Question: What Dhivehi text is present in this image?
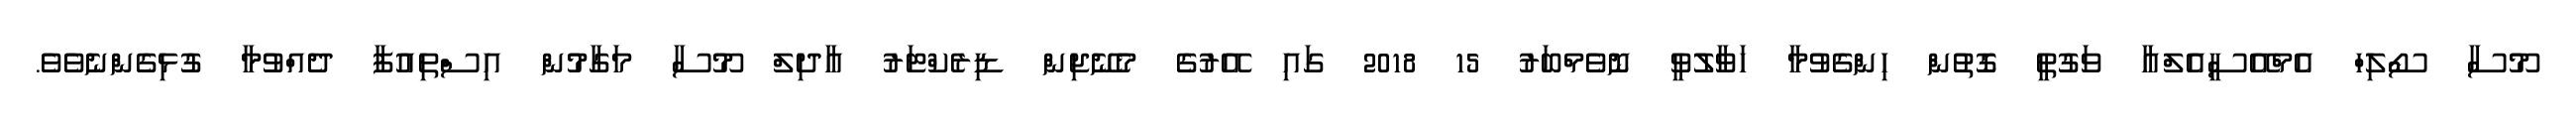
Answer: މޫސާ ސޯލިހް އެމްއޭސީއެލްއާ ވަގުތީ ގޮތުން ހިންގެވުމާ ހަވާލުވީ ނޮވެމްބަރު 15 2018 ގައި އޭރުގެ މެނޭޖިން ޑިރެކްޓަރު އާދިލް މޫސާ މަގާމުން އިސްތިއުފާ ދެއްވުމާ ގުޅިގެންނެވެވެ.